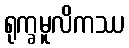
ရုက္ခမူလိကဿ